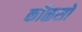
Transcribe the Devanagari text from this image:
कॉळसो